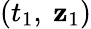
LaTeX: (t_{1},\ \mathbf{z}_{1})